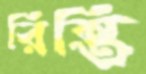
রিন্তি